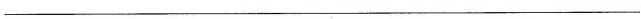
______